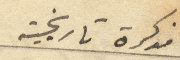
مذكرة تاريخية